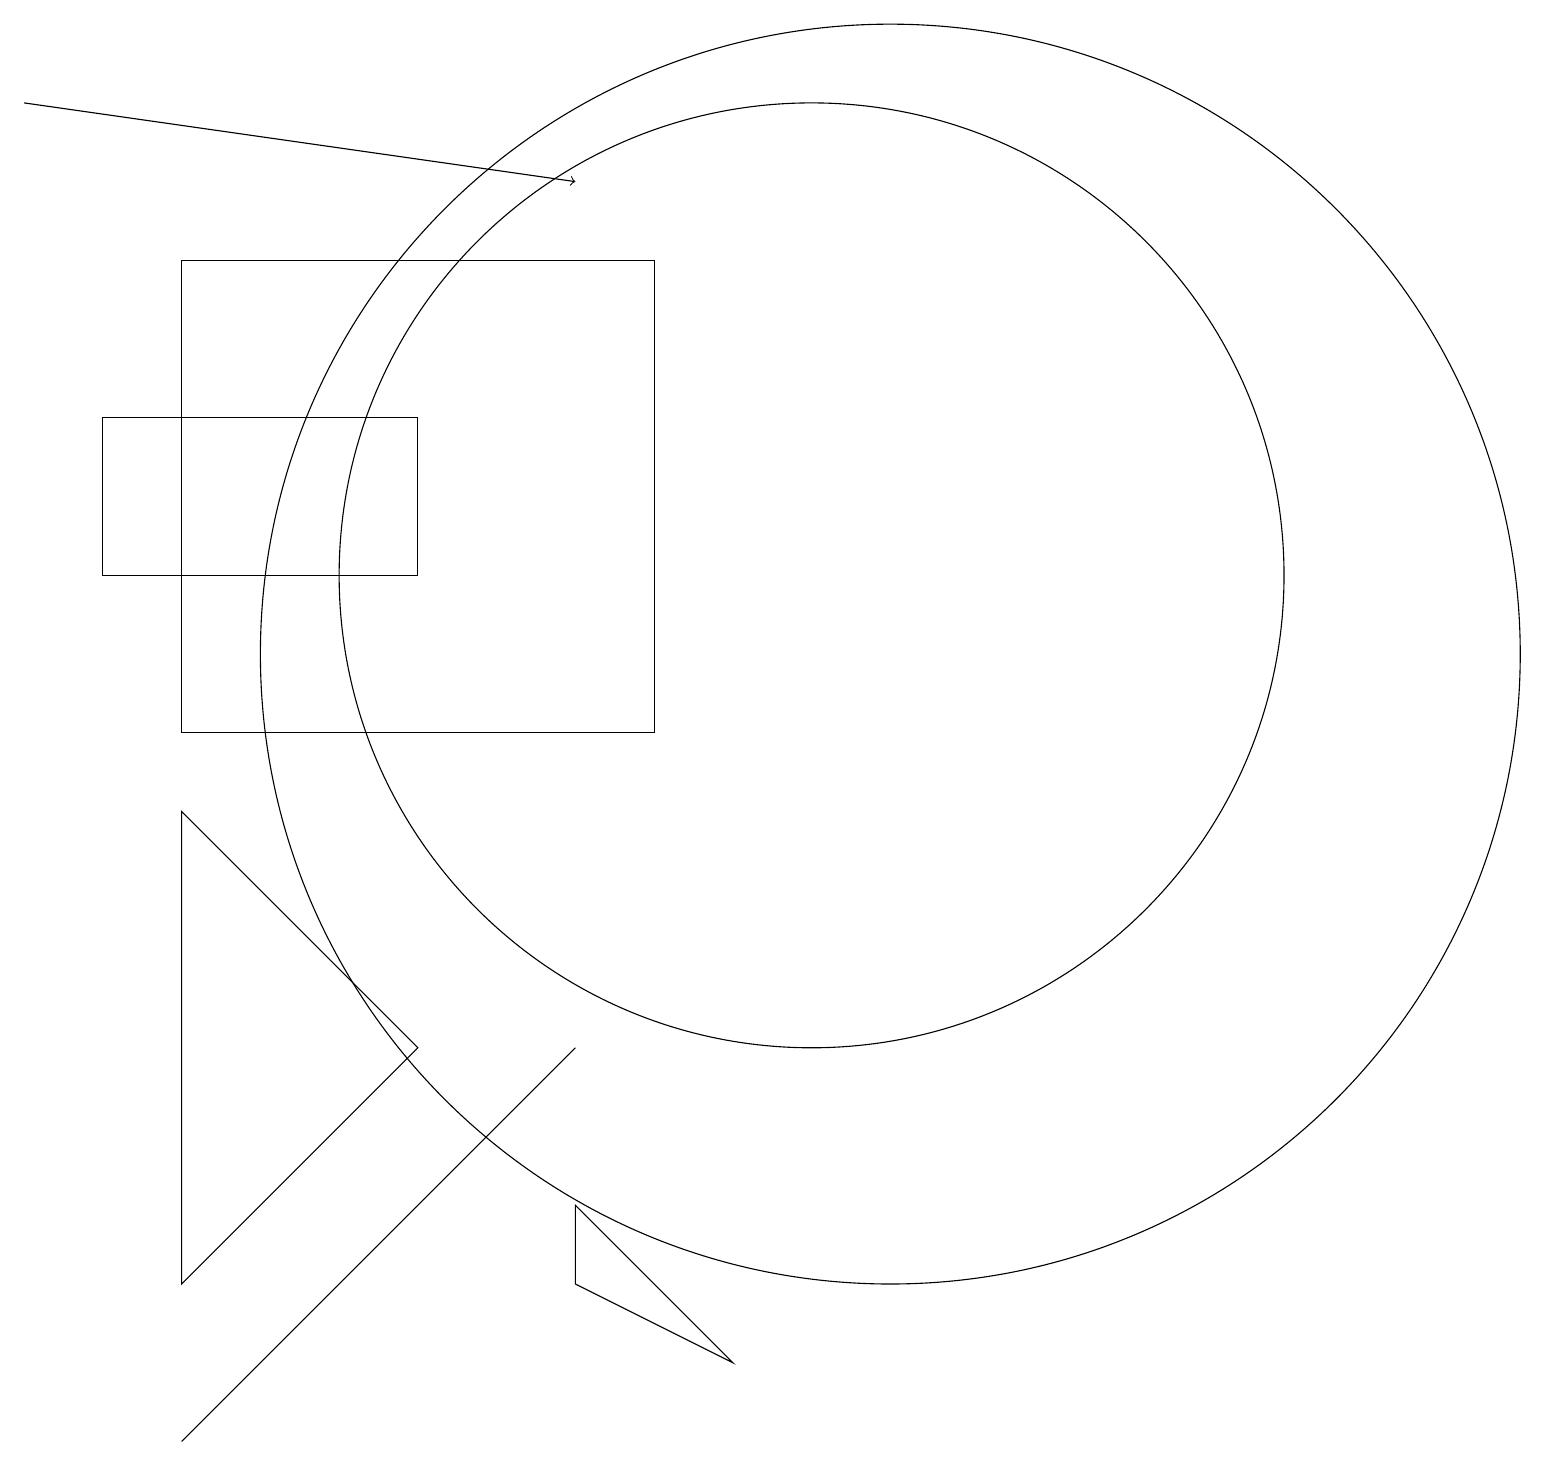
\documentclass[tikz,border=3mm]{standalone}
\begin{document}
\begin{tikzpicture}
\draw (10,12) circle (6);
\draw (8,16) rectangle (2,10);
\draw (11,11) circle (8);
\draw (5,4) -- (7,6) -- (2,1) -- cycle;
\draw (1,14) rectangle (5,12);
\draw (2,3) -- (5,6) -- (2,9) -- cycle;
\draw (7,4) -- (7,3) -- (9,2) -- cycle;
\draw[->] (0,18) -- (7,17);
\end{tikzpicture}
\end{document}